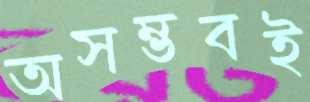
অসম্ভবই